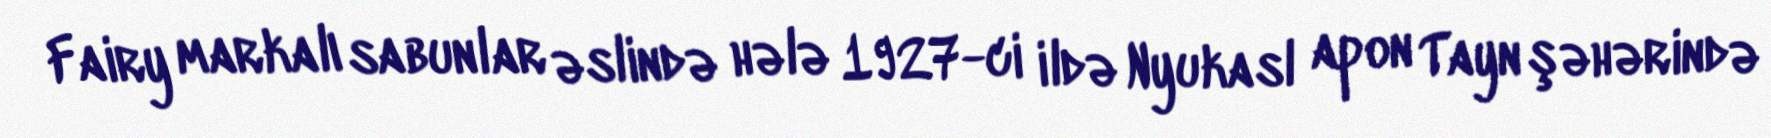
Fairy markalı sabunlar əslində hələ 1927-ci ildə Nyukasl apon Tayn şəhərində